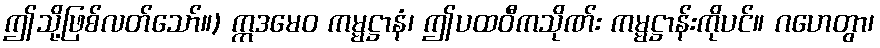
ဤသို့ဖြစ်လတ်သော်။) ဣဒမေဝ ကမ္မဋ္ဌာနံ၊ ဤပထဝီကသိုဏ်း ကမ္မဋ္ဌာန်းကိုပင်။ ဂဟေတွာ၊